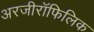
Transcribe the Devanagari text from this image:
अरजीरॉफिलिक